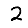
Digit: 2